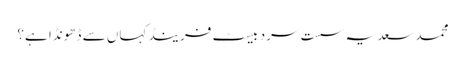
محمد سعد یہ سست سرد بیسٹ فرینڈ کہاں سے ڈھونڈا ہے؟